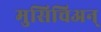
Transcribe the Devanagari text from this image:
मुसिचिअन्